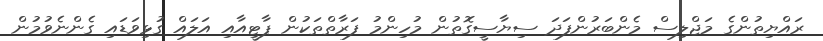
ރައްޔިތުންގެ މަޖްލިސް މެންބަރުންފަދަ ސިޔާސީގޮތުން މުހިންމު ފަރާތްތަކުން ޕާޓީއާއި އަލައް ގުޅިވަޑައި ގެންނެވުމުން